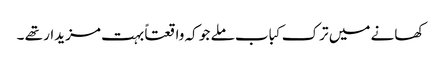
کھانے میں ترک کباب ملے جو کہ واقعتاً بہت مزیدار تھے ۔